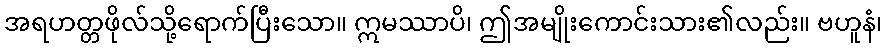
အရဟတ္တဖိုလ်သို့ရောက်ပြီးသော။ ဣမဿာပိ၊ ဤအမျိုးကောင်းသား၏လည်း။ ဗဟူနံ၊